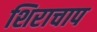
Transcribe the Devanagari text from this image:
शिराचाप